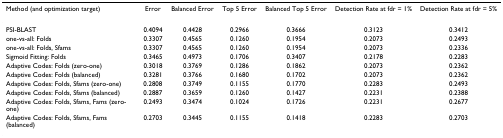
| Method (and optimization target) | Error | Balanced Error | Top 5 Error | Balanced Top 5 Error | Detection Rate at fdr = 1% | Detection Rate at fdr = 5% |
 | --- | --- | --- | --- | --- | --- | --- |
 | PSI-BLAST | 0.4094 | 0.4428 | 0.2966 | 0.3666 | 0.3123 | 0.3412 |
 | one-vs-all: Folds | 0.3307 | 0.4565 | 0.1260 | 0.1954 | 0.2073 | 0.2493 |
 | one-vs-all: Folds, Sfams | 0.3307 | 0.4565 | 0.1260 | 0.1954 | 0.2073 | 0.2336 |
 | Sigmoid Fitting: Folds | 0.3465 | 0.4973 | 0.1706 | 0.3407 | 0.2178 | 0.2283 |
 | Adaptive Codes: Folds (zero-one) | 0.3018 | 0.3769 | 0.1286 | 0.1862 | 0.2073 | 0.2362 |
 | Adaptive Codes: Folds (balanced) | 0.3281 | 0.3766 | 0.1680 | 0.1702 | 0.2073 | 0.2362 |
 | Adaptive Codes: Folds, Sfams (zero-one) | 0.2808 | 0.3749 | 0.1155 | 0.1770 | 0.2283 | 0.2493 |
 | Adaptive Codes: Folds, Sfams (balanced) | 0.2887 | 0.3659 | 0.1260 | 0.1427 | 0.2231 | 0.2388 |
 | Adaptive Codes: Folds, Sfams, Fams (zero-one) | 0.2493 | 0.3474 | 0.1024 | 0.1726 | 0.2231 | 0.2677 |
 | Adaptive Codes: Folds, Sfams, Fams (balanced) | 0.2703 | 0.3445 | 0.1155 | 0.1418 | 0.2283 | 0.2703 |